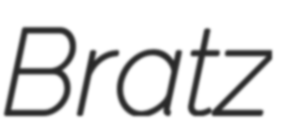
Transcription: Bratz